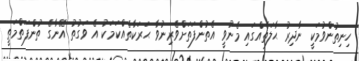
ހިނިތުންވުމަކީ ނާދިރު ޙާލަތެއްގައި މެނުވީ އެތުންފަތަށްވެރިނުވާ ޙަރަކާތެއްކަމަކު އެ ވަގުތު އޭނާގެ ތުންފަތްމަތީ